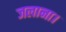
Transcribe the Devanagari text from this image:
जलाना।